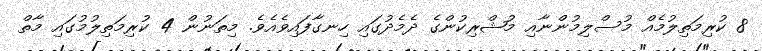
8 ކުރިމަތިލުމެއް މުސްލިމުންނާއި މުޝްރިކުންގެ ދެމެދުގައި ހިނގާފައިވެއެވެ. މިތަނުން 4 ކުރިމަތިލުމުގައި މާތް